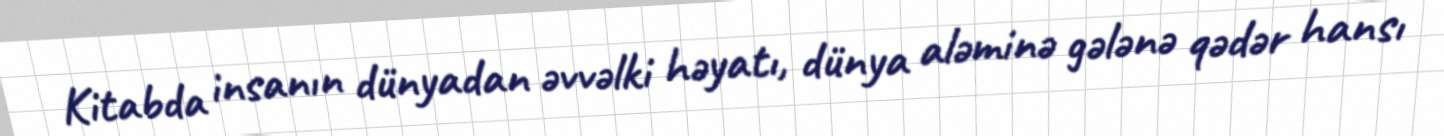
Kitabda insanın dünyadan əvvəlki həyatı, dünya aləminə gələnə qədər hansı